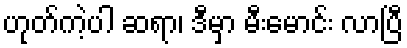
ဟုတ်ကဲ့ပါ ဆရာ၊ ဒီမှာ မီးမောင်း လာပြီ